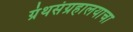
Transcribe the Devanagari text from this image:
ग्रंथसंग्रहालयाचा